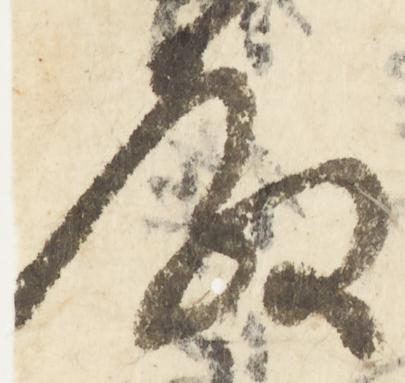
殿